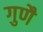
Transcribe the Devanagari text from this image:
गुणै